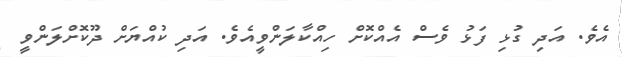
އެވެ. އަދި ގުޅި ފަޅު ވެސް އެއްކޮށް ހިއްކާލަންވީއެވެ. އަދި ކުއްޔަށް ދޫކޮށްލަންވީ